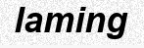
laming